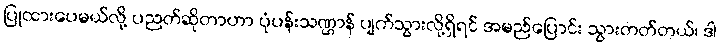
ပြုထားပေမယ်လို့ ပညတ်ဆိုတာဟာ ပုံပန်းသဏ္ဌာန် ပျက်သွားလို့ရှိရင် အမည်ပြောင်း သွားတတ်တယ်၊ ဒါ